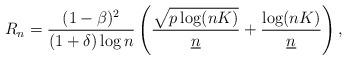
LaTeX: \begin{align*}R_{n} = {(1-\beta)^{2} \over (1+\delta) \log{n}} \left( {\sqrt{p\log(nK)} \over \underline n} + {\log(nK) \over \underline n} \right),\end{align*}